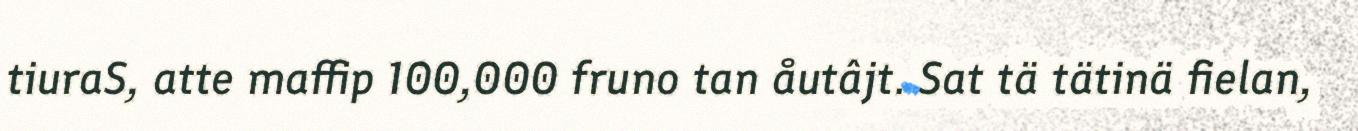
tiuraS, atte maffip 100,000 fruno tan åutâjt. Sat tä tätinä fielan,